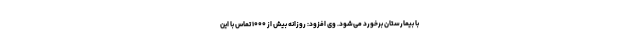
با بیمارستان برخورد می‌شود. وی افزود: روزانه بیش از ۱۰۰۰ تماس با این